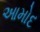
આમોદ